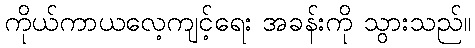
ကိုယ်ကာယလေ့ကျင့်ရေး အခန်းကို သွားသည်။